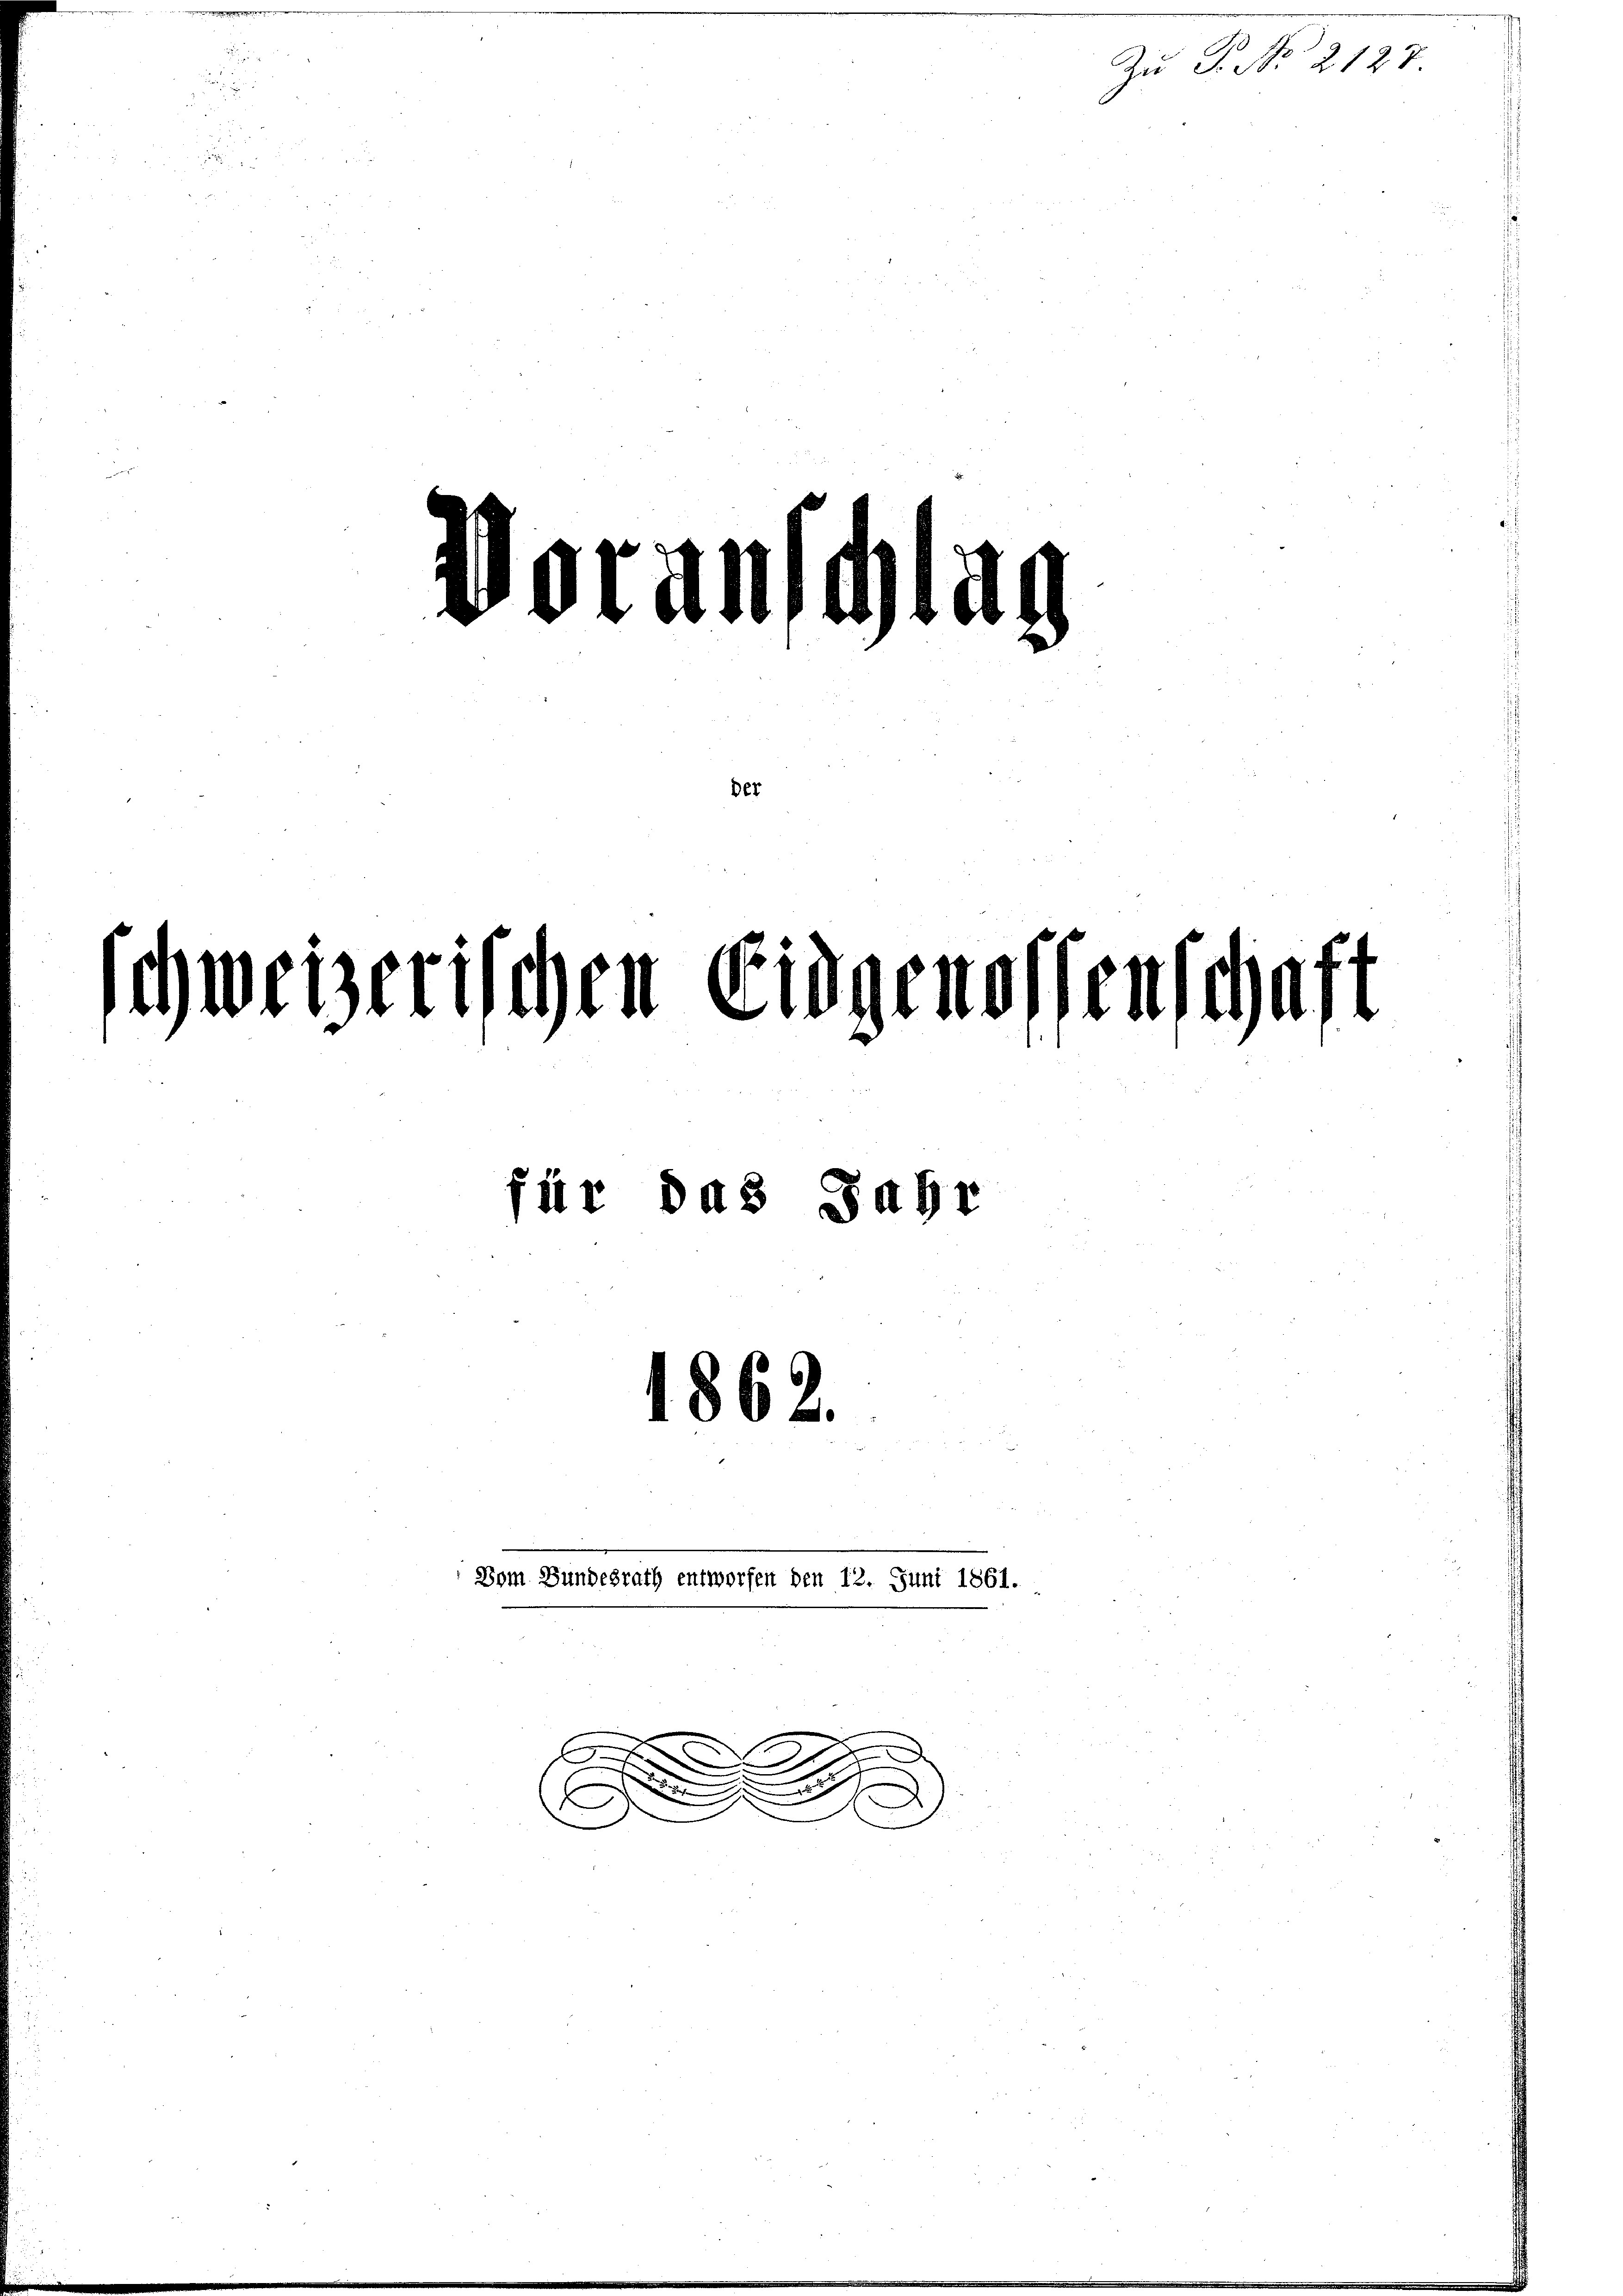
e

¬
voldi

weizerischen Eidgenossenschaft
für das Jahr
1862.

Dem Bundesrath entworfen den 12. Juni 1861.

.

Zu P. Nr. 2127.